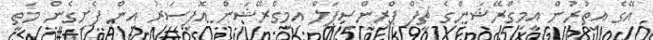
އޭގެ އިތުރުން އިމިގްރޭޝަންގެ ޗީފް ޕްރިންސިޕަލް އިމިގްރޭޝަން އޮފިސަރު އިން ފެށިގެން މަތީ